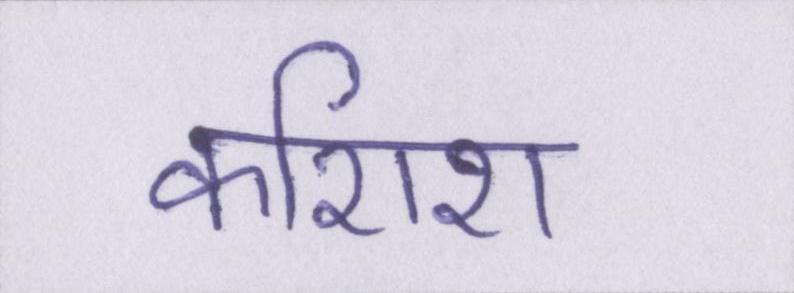
कशिश